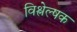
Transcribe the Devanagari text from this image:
विश्लेल्षक